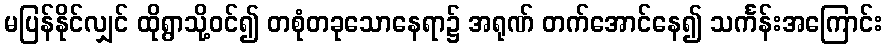
မပြန်နိုင်လျှင် ထိုရွာသို့ဝင်၍ တစုံတခုသောနေရာ၌ အရုဏ် တက်အောင်နေ၍ သင်္ကန်းအကြောင်း